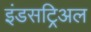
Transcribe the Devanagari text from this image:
इंडसट्रिअल